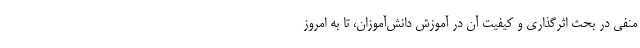
منفی در بحث اثرگذاری و کیفیت آن در آموزش دانش‌آموزان، تا به امروز